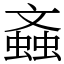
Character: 螡